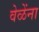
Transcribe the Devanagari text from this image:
वेळेंना